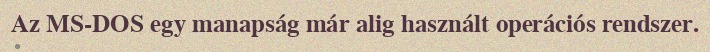
Az MS-DOS egy manapság már alig használt operációs rendszer.